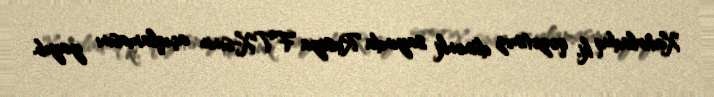
Xatırladaq ki, qəzetimiz dünənki sayında Rusiya FTX-sinin açıqlamasını yayıb.